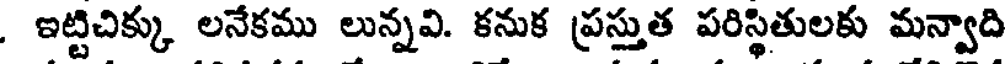
. ఇట్టిచిక్కు లనేకము లున్నవి. కనుక ప్రస్తుత పరిస్థితులకు మన్వాది